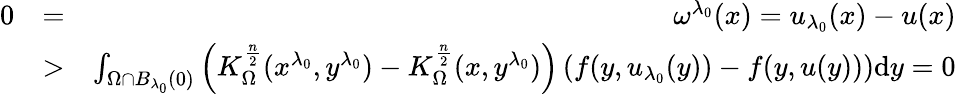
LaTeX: \begin{array}{rlr}{0}&{=}&{\omega^{\lambda_{0}}(x)=u_{\lambda_{0}}(x)-u(x)}\\ &{>}&{\int_{\Omega\cap B_{\lambda_{0}}(0)}\left(K_{\Omega}^{\frac{n}{2}}(x^{\lambda_{0}},y^{\lambda_{0}})-K_{\Omega}^{\frac{n}{2}}(x,y^{\lambda_{0}})\right)\left(f(y,u_{\lambda_{0}}(y))-f(y,u(y))\right)\mathrm dy=0}\end{array}